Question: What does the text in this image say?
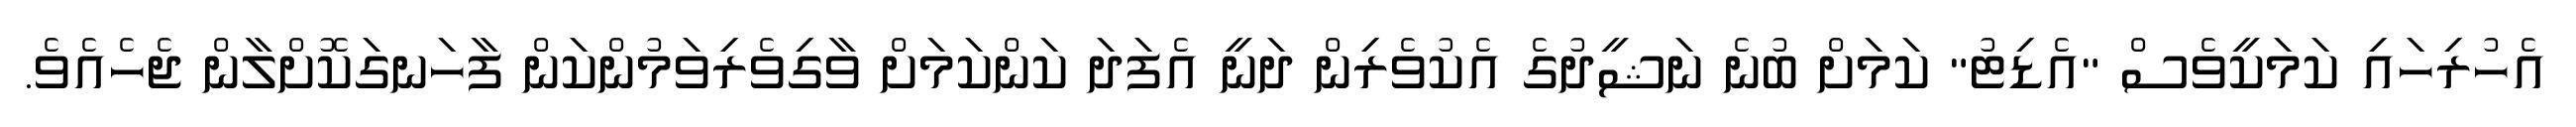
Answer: އެހުރިހައި ކަމަކީވެސް "އެޑިޓު" ކަމަށް ބުނެ ނަޝީދުގެ އެކުވެރިން ދަނީ އެފަދަ ކަންކަމަށް ވާގިވެރިވަމުންކަން ފާހަނގަކޮށްލާން ޖެހެއެވެ.